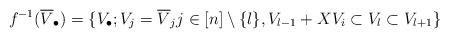
\begin{align*}f^{-1}(\overline{V}_\bullet)=\{V_\bullet; V_j=\overline{V}_jj\in[n]\setminus\{l\}, V_{l-1}+XV_i\subset V_l\subset V_{l+1}\}\end{align*}